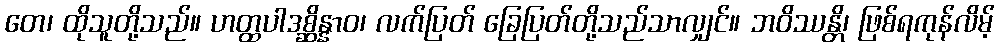
တေ၊ ထိုသူတို့သည်။ ဟတ္ထပါဒစ္ဆိန္နာဝ၊ လက်ပြတ် ခြေပြတ်တို့သည်သာလျှင်။ ဘဝိဿန္တိ၊ ဖြစ်ရကုန်လိမ့်